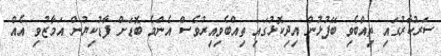
ސަރުކާރުގައި ތިއްބެވި ބޭފުޅުން އިދިކޮޅުގައި ތިއްބެވިއިރުވެސް އެންމެ ބޮޑަށް ފާޑުކިޔުން އަމާޒުވި އެއް